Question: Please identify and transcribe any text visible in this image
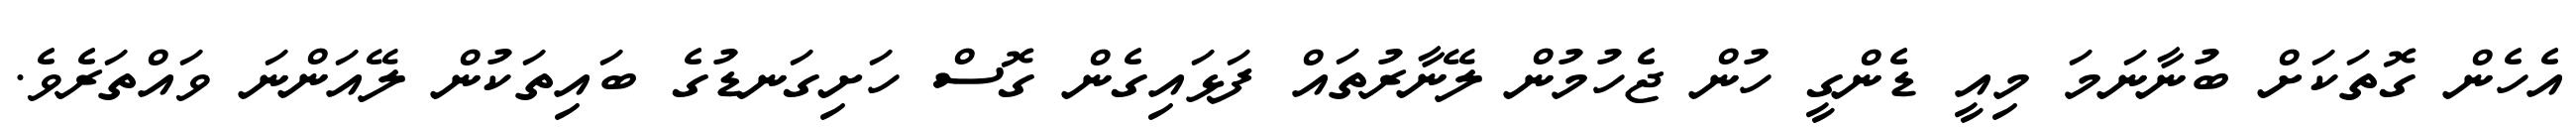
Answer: އެހެން ގޮތަކަށް ބުނާނަމަ މިއީ ޑެންގީ ހުން ޖެހުމުން ލޭނާރުތައް ފަޅައިގެން ގޮސް ހަށިގަނޑުގެ ބައިތަކުން ލޭއަންނަ ވައްތަރެވެ.